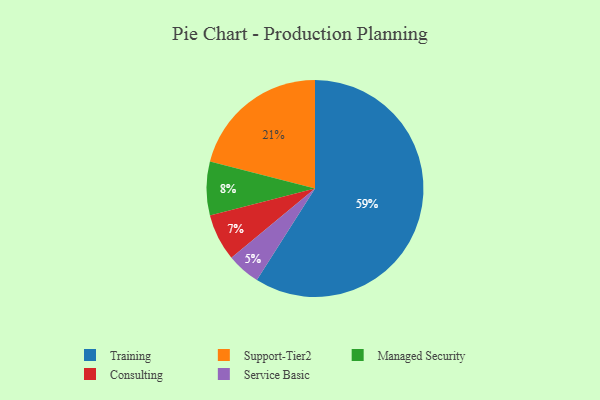
{"axis": {"x": "Category", "y": "Percentage"}, "legend": ["Consulting", "Managed Security", "Service Basic", "Support-Tier2", "Training"], "data": [{"x": "Service Basic", "y": 5, "type": "Service Basic"}, {"x": "Managed Security", "y": 8, "type": "Managed Security"}, {"x": "Consulting", "y": 7, "type": "Consulting"}, {"x": "Support-Tier2", "y": 21, "type": "Support-Tier2"}, {"x": "Training", "y": 59, "type": "Training"}]}